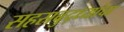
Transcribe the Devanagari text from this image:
सहस्रबुद्ध्यांचा